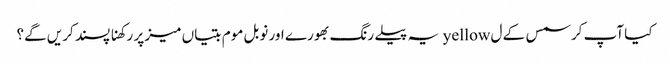
کیا آپ کرسمس کے ل yellow یہ پیلے رنگ بھورے اور نوبل موم بتیاں میز پر رکھنا پسند کریں گے؟